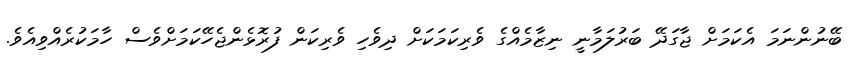
ބޭނުންނަމަ އެކަމަށް ޖާގަދޭ ބަރުލަމާނީ ނިޒާމެއްގެ ވެރިކަމަކަށް ދިވެހި ވެރިކަން ފުރޮޅެންޖެހޭކަމަށްވެސް ހާމަކުރެއްވިއެވެ.